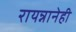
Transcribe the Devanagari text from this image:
रायन्नानेही